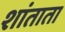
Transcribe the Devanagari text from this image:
शांताता